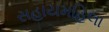
સહાયમહિલા